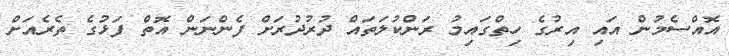
އޮއްސެމުން އައި އިރުގެ ހިތްގައިމު ރަންކުލަތައް ދުރުދުރަށް ފެންނަން އޮތް ފަޅުގެ ތެރެއަށް